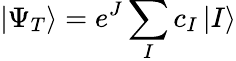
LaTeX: \left|{\Psi_{T}}\right\rangle=e^{J}\sum_{I}c_{I}\left|{I}\right\rangle